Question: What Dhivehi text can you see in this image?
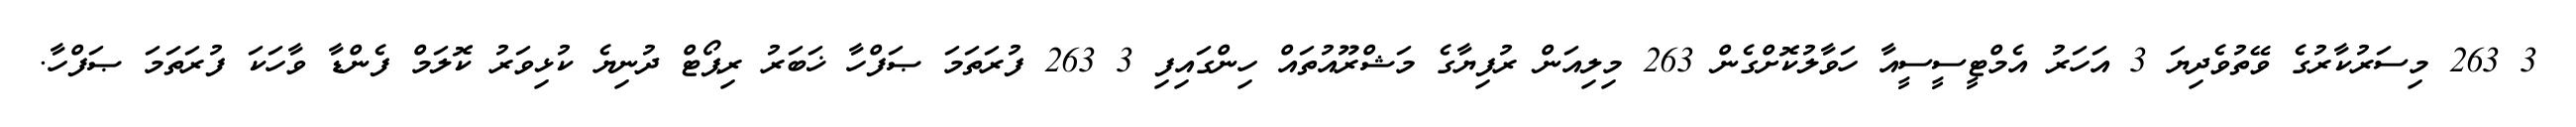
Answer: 3 263 މިސަރުކާރުގެ ވޭތުވެދިޔަ 3 އަހަރު އެމްޓީސީސީއާ ހަވާލުކޮށްގެން 263 މިލިއަން ރުފިޔާގެ މަޝްރޫއުތައް ހިންގައިފި 3 263 ފުރަތަމަ ޞަފްހާ ޚަބަރު ރިޕޯޓް ދުނިޔެ ކުޅިވަރު ކޮލަމް ފެންޑާ ވާހަކަ ފުރަތަމަ ޞަފްހާ.